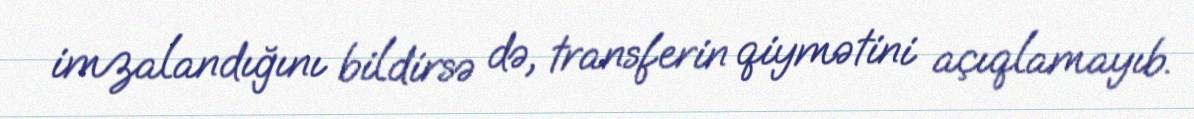
imzalandığını bildirsə də, transferin qiymətini açıqlamayıb.